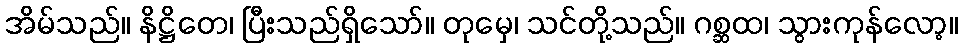
အိမ်သည်။ နိဋ္ဌိတေ၊ ပြီးသည်ရှိသော်။ တုမှေ၊ သင်တို့သည်။ ဂစ္ဆထ၊ သွားကုန်လော့။